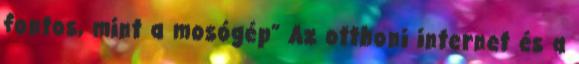
fontos, mint a mosógép” Az otthoni internet és a